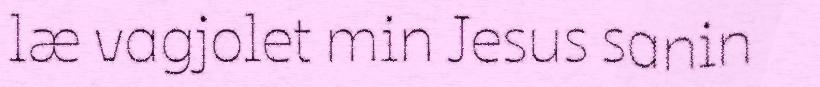
læ vagjolet min Jesus sanin